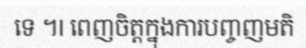
ទេ ។I ពេញចិត្តក្នុងការបញ្ចញមតិ